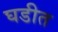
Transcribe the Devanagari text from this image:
घडीत